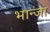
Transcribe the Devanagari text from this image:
भान्जा